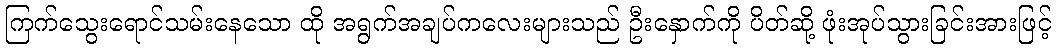
ကြက်သွေးရောင်သမ်းနေသော ထို အရွက်အချပ်ကလေးများသည် ဦးနှောက်ကို ပိတ်ဆို့ ဖုံးအုပ်သွားခြင်းအားဖြင့်